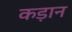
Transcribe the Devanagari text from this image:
कड़ान